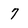
Character: 7